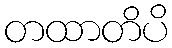
တထာတိပိ